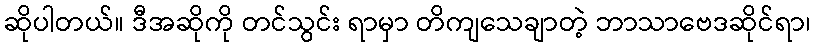
ဆိုပါတယ်။ ဒီအဆိုကို တင်သွင်း ရာမှာ တိကျသေချာတဲ့ ဘာသာဗေဒဆိုင်ရာ၊